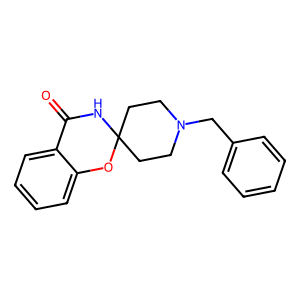
SMILES: O=C1NC2(CCN(Cc3ccccc3)CC2)Oc2ccccc21
Inhibits HIV replication: No